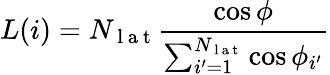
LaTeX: L(i)=N_{\mathrm{~l~a~t~}}\frac{\cos{\phi}}{\sum_{i^{\prime}=1}^{N_{\mathrm{~l~a~t~}}}\cos{\phi_{i^{\prime}}}}